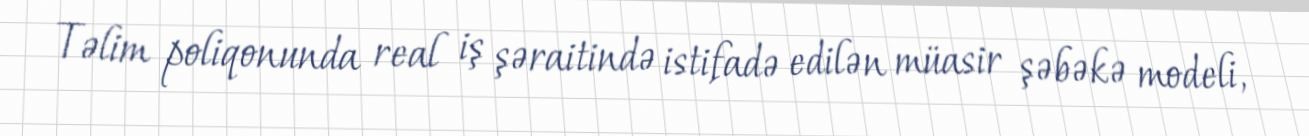
Təlim poliqonunda real iş şəraitində istifadə edilən müasir şəbəkə modeli,